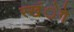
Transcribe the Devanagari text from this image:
रखंेगे